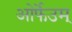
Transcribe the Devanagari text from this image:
ओर्फेउम्